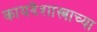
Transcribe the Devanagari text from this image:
कायदेशास्त्राच्या